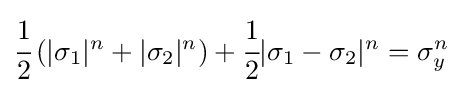
{\cfrac {1}{2}}\left(|\sigma _{1}|^{n}+|\sigma _{2}|^{n}\right)+{\cfrac {1}{2}}|\sigma _{1}-\sigma _{2}|^{n}=\sigma _{y}^{n}